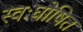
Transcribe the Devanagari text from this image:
स्वःघोषित